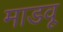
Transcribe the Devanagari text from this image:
माडवू